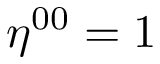
\eta ^ { 0 0 } = 1